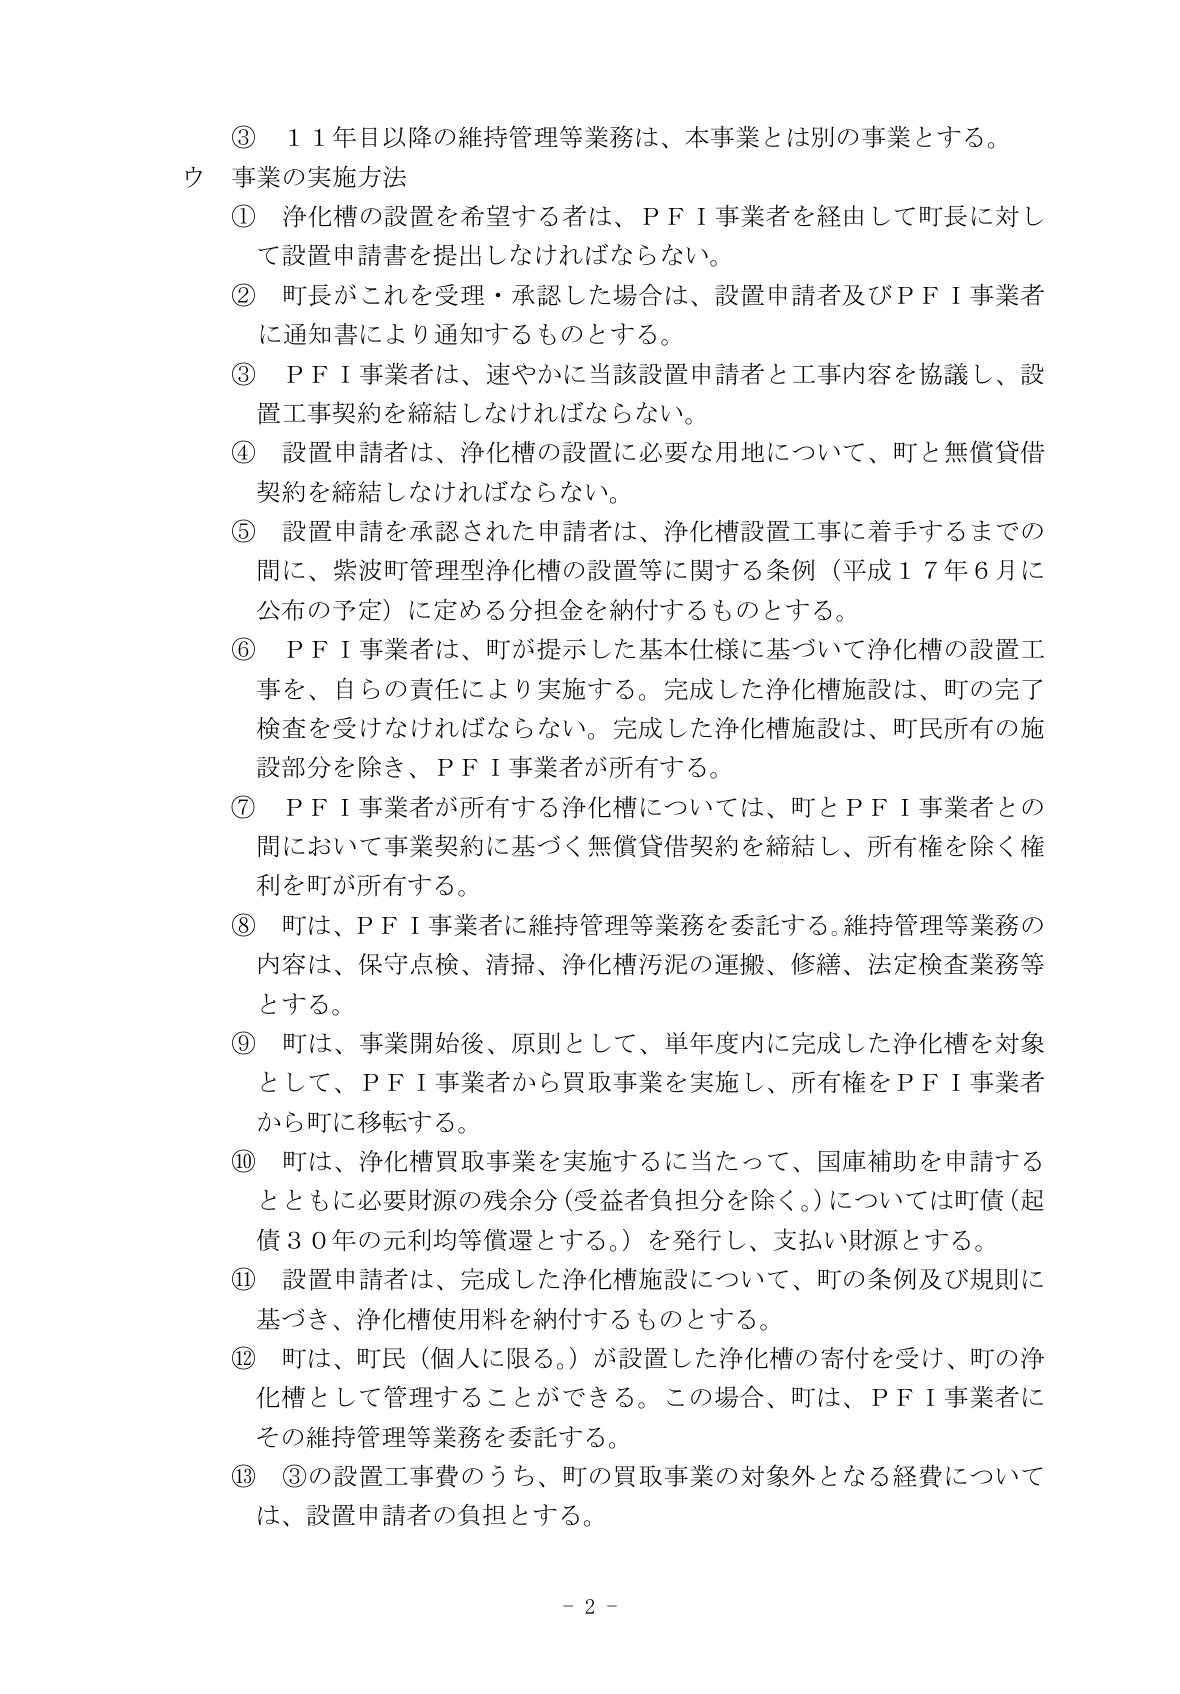
③ １１年目以降の維持管理等業務は、本事業とは別の事業とする。

ウ 事業の実施方法

① 浄化槽の設置を希望する者は、ＰＦＩ事業者を経由して町長に対して設置申請書を提出しなければならない。

② 町長がこれを受理・承認した場合は、設置申請者及びＰＦＩ事業者に通知書により通知するものとする。

③ ＰＦＩ事業者は、速やかに当該設置申請者と工事内容を協議し、設置工事契約を締結しなければならない。

④ 設置申請者は、浄化槽の設置に必要な用地について、町と無償貸借契約を締結しなければならない。

⑤ 設置申請を承認された申請者は、浄化槽設置工事に着手するまでの間に、紫波町管理型浄化槽の設置等に関する条例（平成１７年６月に公布の予定）に定める分担金を納付するものとする。

⑥ ＰＦＩ事業者は、町が提示した基本仕様に基づいて浄化槽の設置工事を、自らの責任により実施する。完成した浄化槽施設は、町の完了検査を受けなければならない。完成した浄化槽施設は、町民所有の施設部分を除き、ＰＦＩ事業者が所有する。

⑦ ＰＦＩ事業者が所有する浄化槽については、町とＰＦＩ事業者との間において事業契約に基づく無償貸借契約を締結し、所有権を除く権利を町が所有する。

⑧ 町は、ＰＦＩ事業者に維持管理等業務を委託する。維持管理等業務の内容は、保守点検、清掃、浄化槽汚泥の運搬、修繕、法定検査業務等とする。

⑨ 町は、事業開始後、原則として、単年度内に完成した浄化槽を対象として、ＰＦＩ事業者から買取事業を実施し、所有権をＰＦＩ事業者から町に移転する。

⑩ 町は、浄化槽買取事業を実施するに当たって、国庫補助を申請するとともに必要財源の残余分（受益者負担分を除く。）については町債（起債３０年の元利均等償還とする。）を発行し、支払い財源とする。

⑪ 設置申請者は、完成した浄化槽施設について、町の条例及び規則に基づき、浄化槽使用料を納付するものとする。

⑫ 町は、町民（個人に限る。）が設置した浄化槽の寄付を受け、町の浄化槽として管理することができる。この場合、町は、ＰＦＩ事業者にその維持管理等業務を委託する。

⑬ ③の設置工事費のうち、町の買取事業の対象外となる経費については、設置申請者の負担とする。

－ 2 －